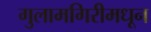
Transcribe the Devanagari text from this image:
गुलामगिरीमधून